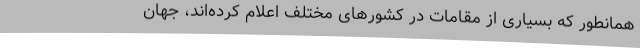
همانطور که بسیاری از مقامات در کشورهای مختلف اعلام کرده‌اند، جهان